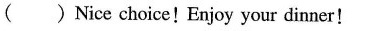
( ) Nice choice!Enjoy your dinner!